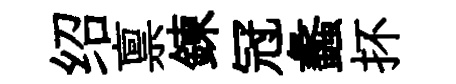
绍禀鍊冠蠡抔